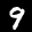
Label: 9